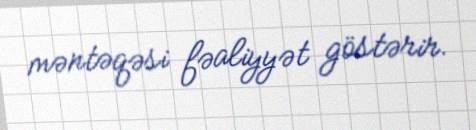
məntəqəsi fəaliyyət göstərir.